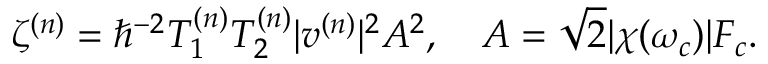
\zeta ^ { ( n ) } = \hbar ^ { - 2 } T _ { 1 } ^ { ( n ) } T _ { 2 } ^ { ( n ) } | v ^ { ( n ) } | ^ { 2 } A ^ { 2 } , \quad A = \sqrt { 2 } | \chi ( \omega _ { c } ) | F _ { c } .